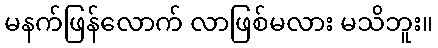
မနက်ဖြန်လောက် လာဖြစ်မလား မသိဘူး။